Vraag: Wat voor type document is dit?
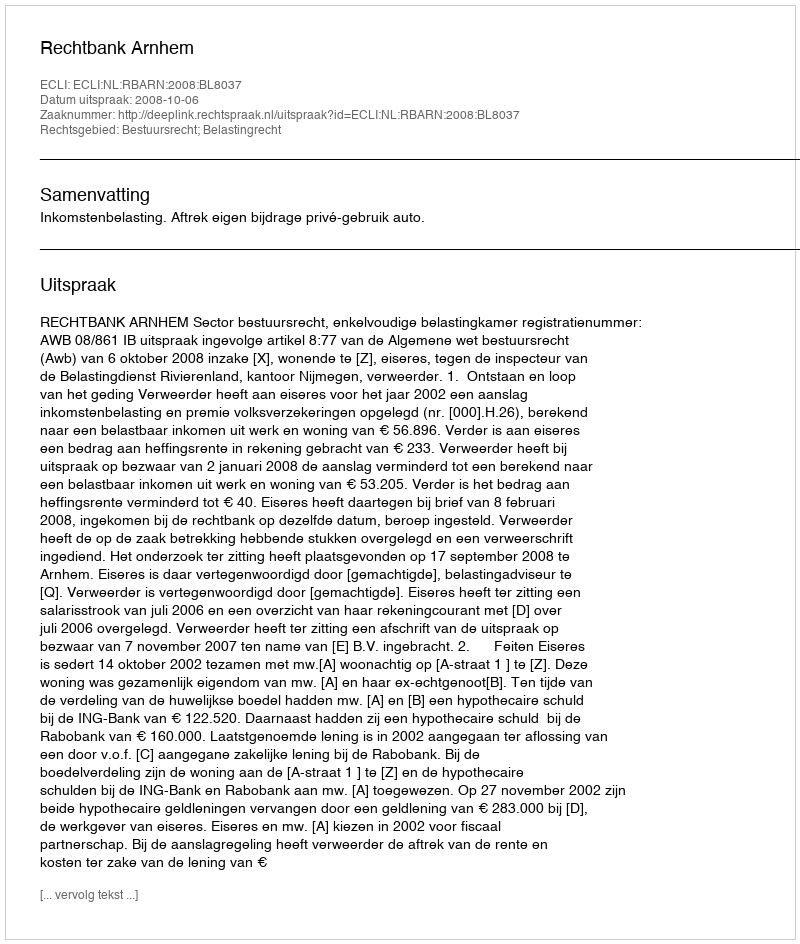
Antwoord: Uitspraak